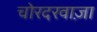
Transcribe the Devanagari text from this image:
चोरदरवाज़ा